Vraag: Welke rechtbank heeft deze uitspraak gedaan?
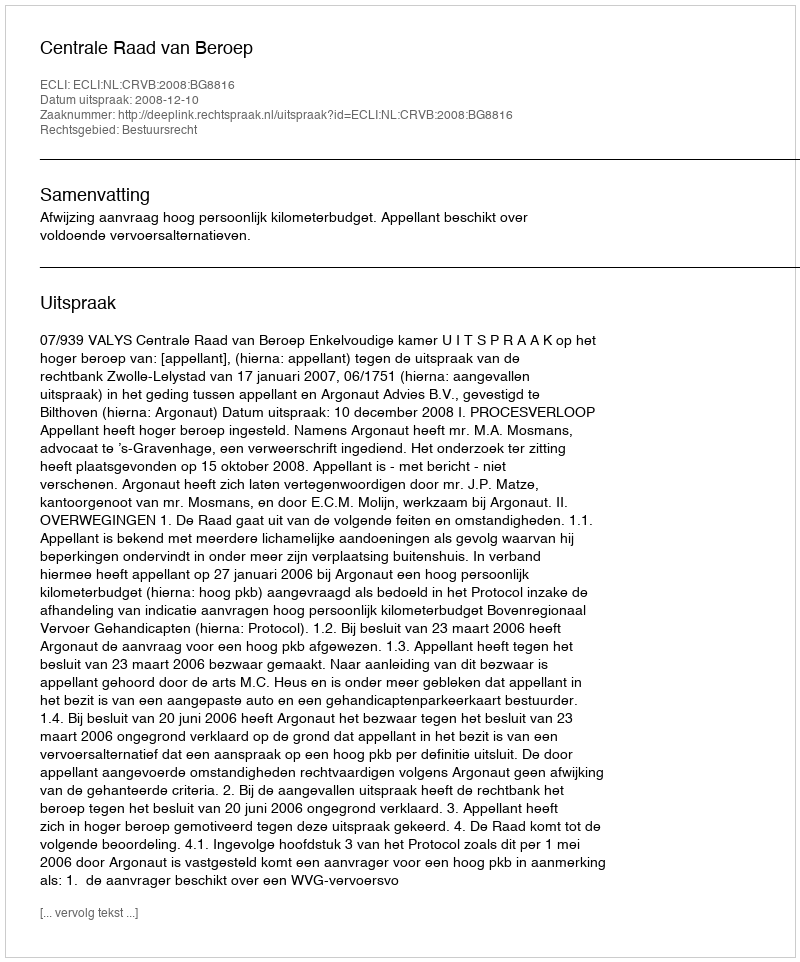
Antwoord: Centrale Raad van Beroep